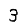
Digit: 3